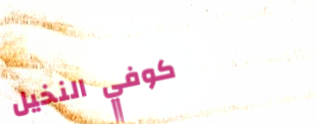
كوفي النخيل